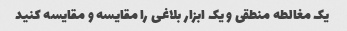
یک مغالطه منطقی و یک ابزار بلاغی را مقایسه و مقایسه کنید